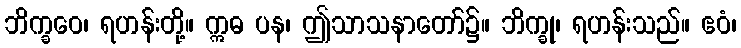
ဘိက္ခဝေ၊ ရဟန်းတို့။ ဣဓ ပန၊ ဤသာသနာတော်၌။ ဘိက္ခု၊ ရဟန်းသည်။ ဧဝံ၊